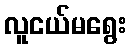
လူငယ်မရွေး